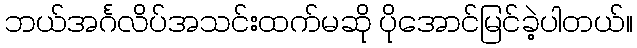
ဘယ်အင်္ဂလိပ်အသင်းထက်မဆို ပိုအောင်မြင်ခဲ့ပါတယ်။